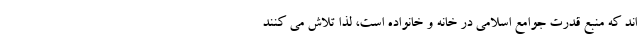
اند که منبع قدرت جوامع اسلامی در خانه و خانواده است، لذا تلاش می کنند